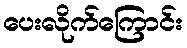
ပေးလိုက်ကြောင်း